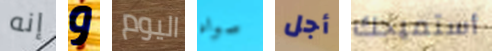
إنه و اليوم سواه أجل أستميحك